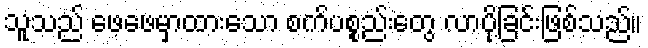
သူသည် ဖေဖေမှာထားသော စက်ပစ္စည်းတွေ လာပို့ခြင်းဖြစ်သည်။